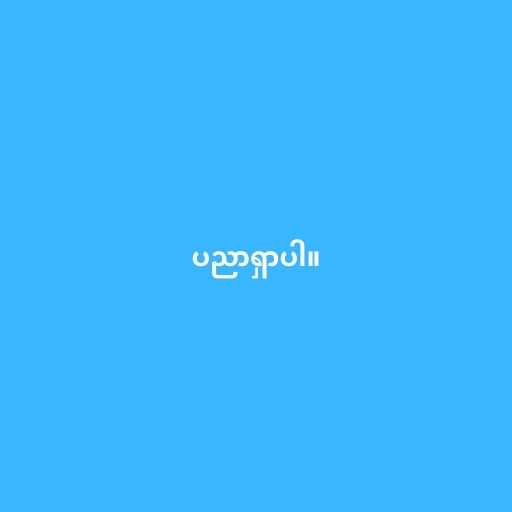
ပညာရှာပါ။